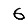
Digit: 6